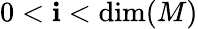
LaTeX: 0<\mathbf{i}<\dim(M)